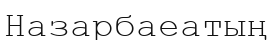
Назарбаеатың